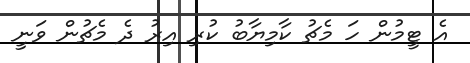
އެ ޓީމުން ހަ މެޗު ކާމިޔާބު ކުރި އިރު ދެ މެޗުން ވަނީ